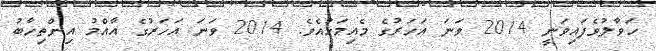
ހަވާލުވެފައިވަނީ 2014 ވަނަ އަހަރުގެ މެއިމަހުއެވެ. 2014 ވަނަ އަހަރުގެ އާއްމު އިންތިހާބު